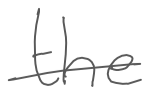
Text: the
Cross-out: single-line
Writing tool: digital_gray